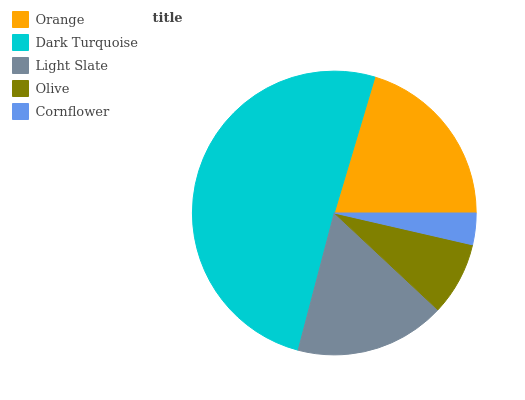
| Orange | Dark Turquoise | Light Slate | Olive | Cornflower |
 | --- | --- | --- | --- | --- |
 | 20.4% | 50.5% | 17.2% | 8.37% | 3.6% |